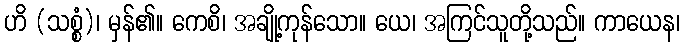
ဟိ (သစ္စံ)၊ မှန်၏။ ကေစိ၊ အချို့ကုန်သော။ ယေ၊ အကြင်သူတို့သည်။ ကာယေန၊